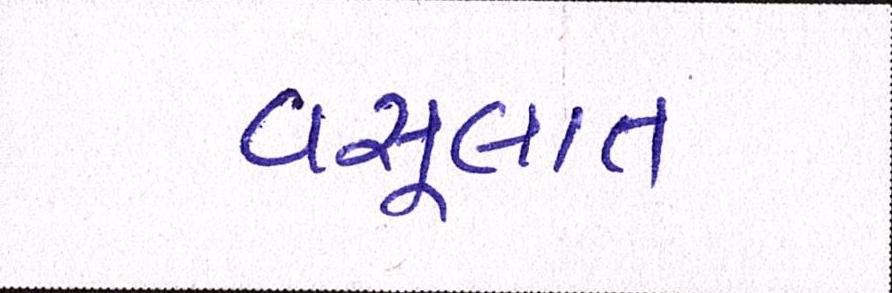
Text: વસૂલાત